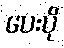
ပေးပို